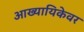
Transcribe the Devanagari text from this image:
आख्यायिकेवर